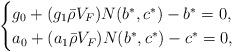
LaTeX: \begin{align*} \begin{cases} g_0+(g_1\bar{\rho}V_F)N(b^*,c^*)-b^*=0,\\ a_0+(a_1\bar{\rho}V_F)N(b^*,c^*)-c^*=0, \end{cases}\end{align*}